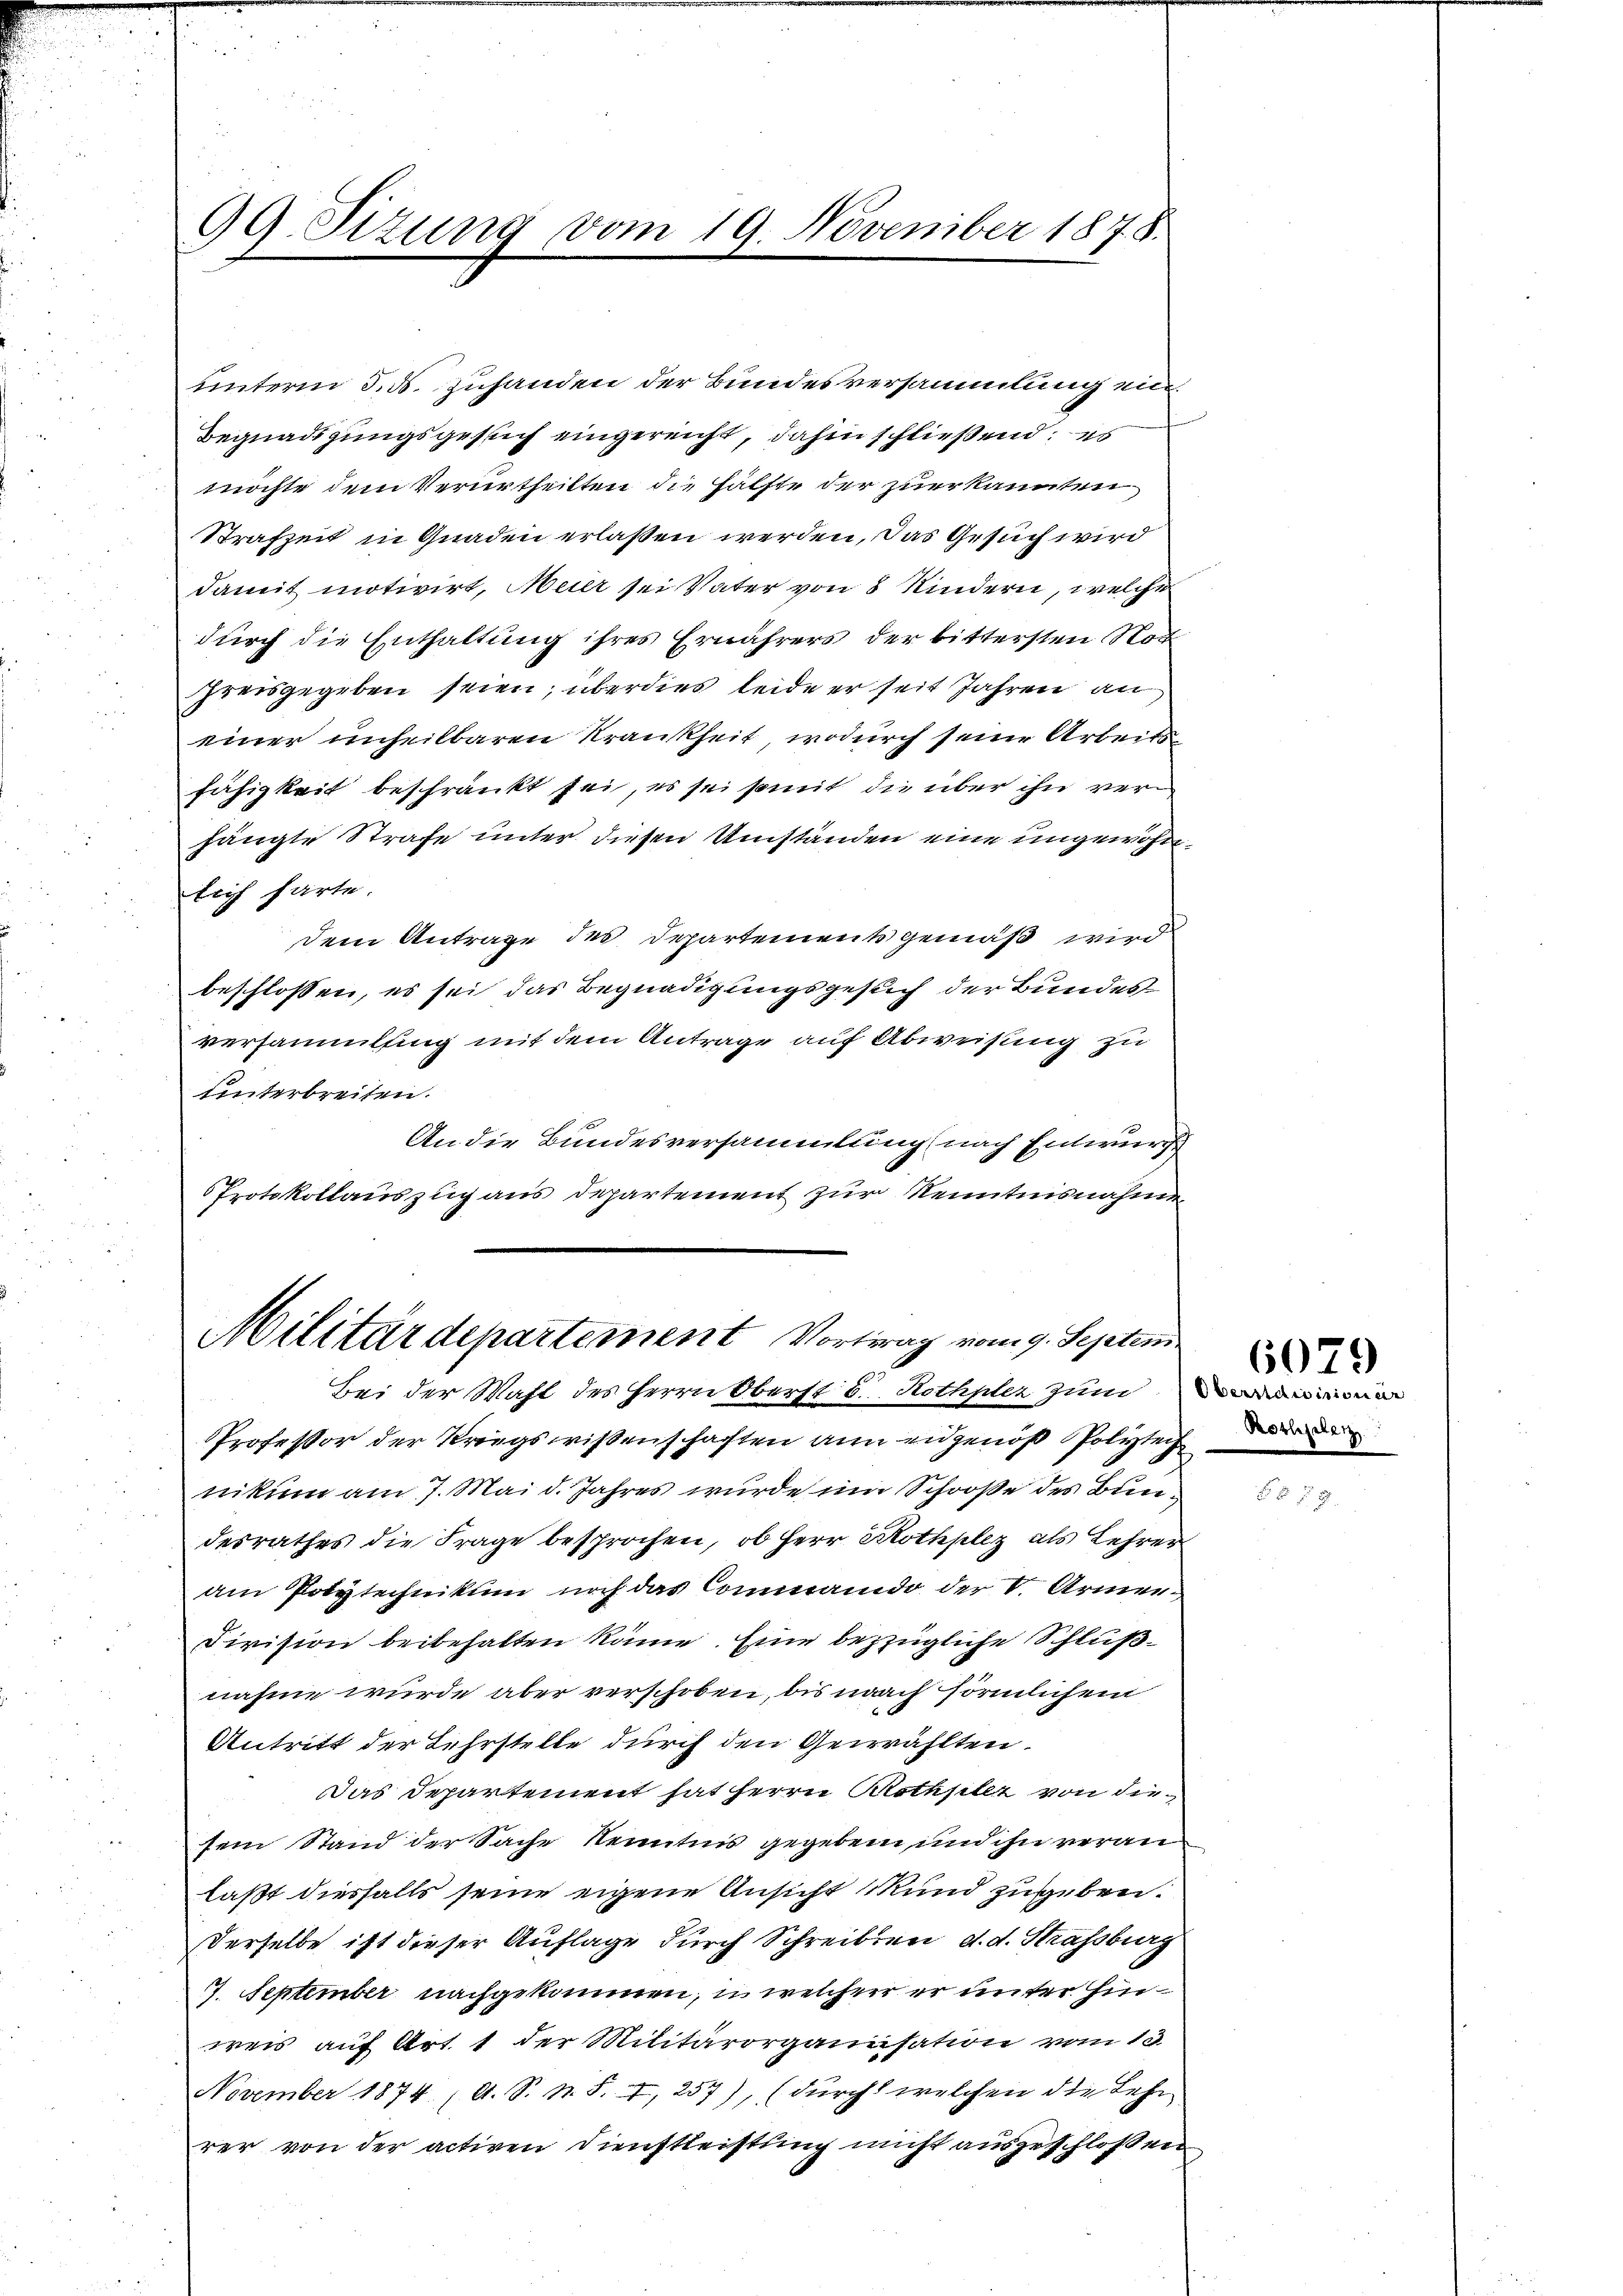
99. Sizung vom 19. November 1878.

unterm 5. ds. zuhanden der Bundesversammlung ein¬
Begnadigungsgesuch eingereicht, dahin schließend; es
möchte dem Verurtheilten die Hälfte der zuerkannten
Strafzeit in Gnaden erlaßen werden, das Gesuch wird
damit motivirt, Meier sei Vater von 8 Kindern, welche
durch die Enthaltung ihres Ernährers der bittersten Not
preisgegeben seien; überdies leide er seit Jahren an
einer unheilbaren Krankheit, wodurch seine Arbeits
fähigkeit beschränkt sei, es sei somit die über ihn verhängte Strafe unter diesen Umständen eine ungewöhnlich harte.
dem Antrage des Departements gemäß wird
beschlossen, es sei das Begnadigungsgesuch der Bundes
versammlung mit dem Antrage auf Abweisung zu
unterbreiten.
An die Bundesversammlung (nach Entwurf
Protokollauszug aus Departement zur Kenntnisnahme

Militärdepartement Vortrag vom 9. Septem

Bei der Wahl des Herrn Oberst 8. Rothpler zum
Professor der Kriegsrissenschaften an eidgenöß Polytei
nikum am 7. Mai d. Jahres wurde im Schooße des Bundesrathes die Frage besprochen, ob Herr Rothplez als Lehrer
am Polytechnikum noch das Commando der V. Armen¬
Division beibehalten könne. Eine bezügliche Schlußnahme wurde aber verschoben, bis nach förmlichen
Antritt der Lehrstelle durch den Gewählten.
Das Departement hat herrn Rothsellt von die
sein Stand der Sache Kenntnis gegeben und ihn veranlaßt diesfalls seine eigene Ansicht kund zugeben.
Derselbe ist dieser Auflage durch Schreiben d. d. Strassburg
7. September nachgekommen, u. welcher er unter hin
weis auf Art. 1 der Militärorganisation vom 13.
November 1874 (A. S. N. S. 7, 257), (durch welchen die Lehr
rer von der activen Dienstleistung nicht ausgeschlossen,

Obersidivisionar
Rothpletz

6079